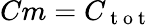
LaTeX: Cm=C_{\mathrm{~t~o~t~}}